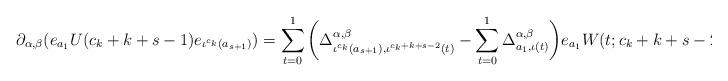
LaTeX: \begin{align*}\partial_{\alpha,\beta}(e_{a_{1}}U(c_{k}+k+s-1)e_{\iota^{c_{k}}(a_{s+1})})=\sum_{t=0}^{1}\bigg(\Delta_{\iota^{c_{k}}(a_{s+1}),\iota^{c_{k}+k+s-2}(t)}^{\alpha,\beta}-\sum_{t=0}^{1}\Delta_{a_{1},\iota(t)}^{\alpha,\beta}\bigg)e_{a_{1}}W(t;c_{k}+k+s-2)e_{\iota^{c_{k}}(a_{s+1})}\end{align*}